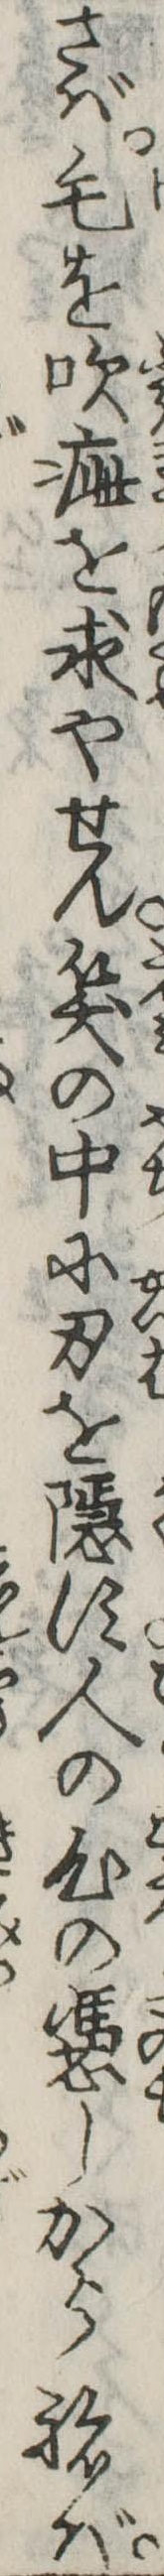
さば毛を吹疵を求やせん笑の中に刃を隠す人の心の憑しからねば